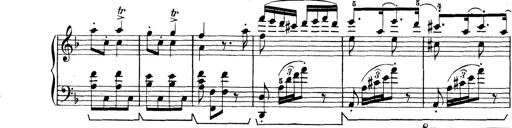
Title: Rapsodie: 19 ungheresi, 1 spagnuola
Composer: Franz Liszt